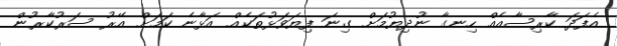
އެފަދަ ކާރިސާއެއް ހިނގާ ނުދިޔުމަށް ގިނަ ފިޔަވަޅުތަކެއް އަޅާނެ ކަމަށް އޭރު ސަރުކާރުން